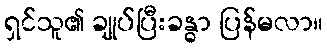
ရှင်သူ၏ ချုပ်ပြီးခန္ဓာ ပြန်မလာ။